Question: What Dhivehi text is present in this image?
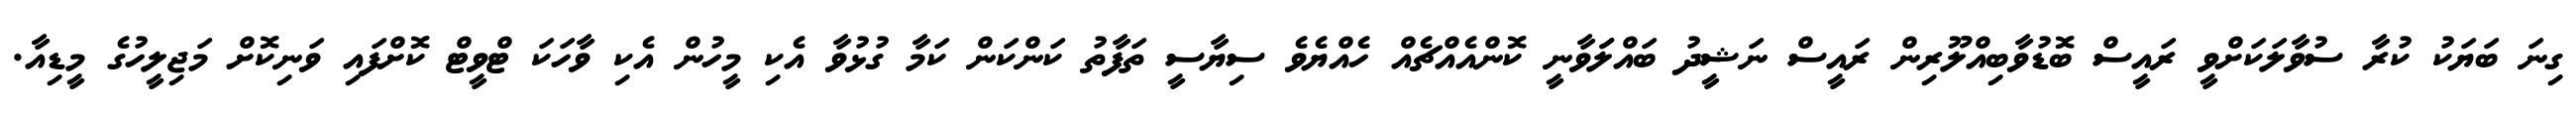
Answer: ގިނަ ބަޔަކު ކުރާ ސުވާލަކަށްވީ ރައީސް ބޮޑުވާބިއްލޫރިން ރައީސް ނަޝީދު ބައްލަަވާނީ ކޮންއެއްޗެއް ހެއްޔެވެ ސިޔާސީ ތަފާތު ކަންކަން ކަމާ ގުޅުވާ އެކި މީހުން އެކި ވާހަކަ ޓްވީޓް ކޮށްފައި ވަނިކޮށް މަޖިލީހުގެ މީޑިއާ.